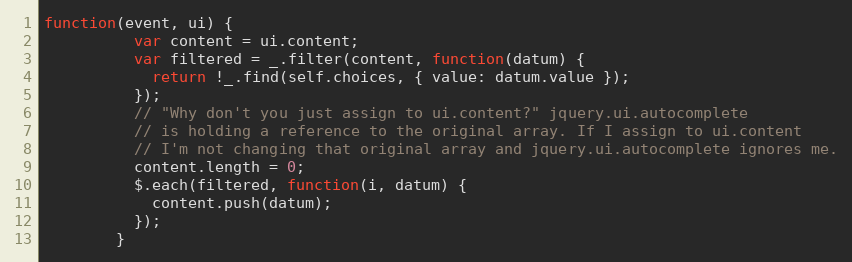
Language: JavaScript
function(event, ui) {
          var content = ui.content;
          var filtered = _.filter(content, function(datum) {
            return !_.find(self.choices, { value: datum.value });
          });
          // "Why don't you just assign to ui.content?" jquery.ui.autocomplete
          // is holding a reference to the original array. If I assign to ui.content
          // I'm not changing that original array and jquery.ui.autocomplete ignores me.
          content.length = 0;
          $.each(filtered, function(i, datum) {
            content.push(datum);
          });
        }